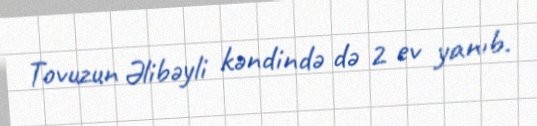
Tovuzun Əlibəyli kəndində də 2 ev yanıb.